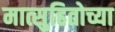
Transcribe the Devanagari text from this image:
मात्सुहितोच्या